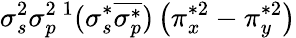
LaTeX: \sigma_{s}^{2}\sigma_{p}^{2}{}\, ^{1}(\sigma_{s}^{*}\overline{{\sigma_{p}^{*}}})\left(\pi_{x}^{*2}-\pi_{y}^{*2}\right)